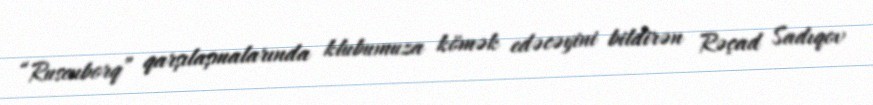
“Rusenborq” qarşılaşmalarında klubumuza kömək edəcəyini bildirən Rəçad Sadıqov